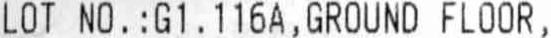
LOT NO . : G1 . 116A , GROUND FLOOR ,